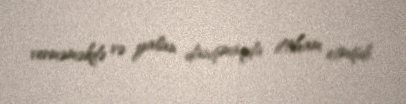
verməməkdə və yalan danışmaqda ittiham etmişdi.